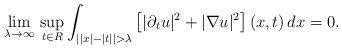
LaTeX: \begin{align*}\lim_{\lambda\to\infty}\,\sup_{t\in R}\int_{\left||x|-|t|\right|>\lambda}\left[|\partial_tu|^2+|\nabla u|^2\right](x,t)\,dx=0.\end{align*}